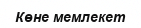
Көне мемлекет